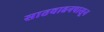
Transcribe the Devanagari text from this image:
सातवाहनपासून